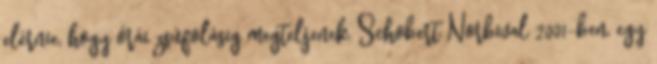
elérnie, hogy órái zsúfolásig megteljenek. Schobert Norbival 2001-ben, egy